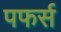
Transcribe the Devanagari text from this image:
पफर्स